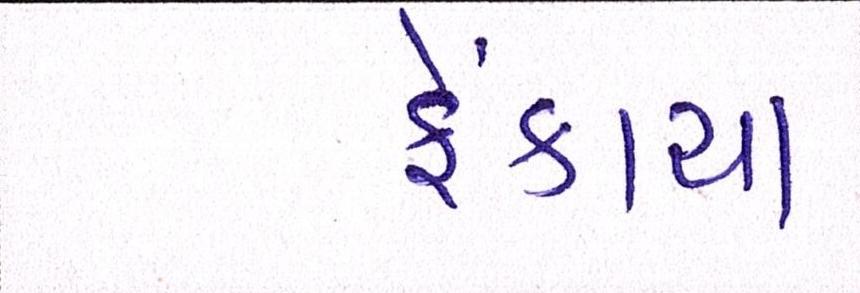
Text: ફેંકાયા